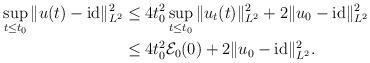
LaTeX: \begin{align*}\sup_{t\leq t_0} \|u(t)-\mathrm{id}\|_{L^2}^2& \leq 4t_0^2\sup_{t\leq t_0} \|u_t(t)\|_{L^2}^2 + 2\|u_0-\mathrm{id}\|_{L^2}^2 \\ & \leq 4 t_0^2 \mathcal{E}_0(0) + 2\|u_0-\mathrm{id}\|_{L^2}^2.\end{align*}